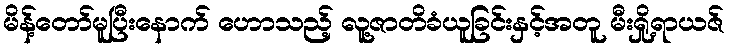
မိန့်တော်မူပြီးနောက် ဟောသည့် လူ့ဇာတိခံယူခြင်းနှင့်အတူ မီးရှို့ရာယဇ်